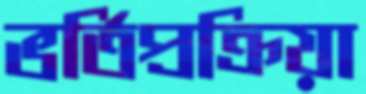
ভর্তিপ্রক্রিয়া